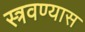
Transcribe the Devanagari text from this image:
स्त्रवण्यास